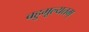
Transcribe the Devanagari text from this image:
बहुमूल्यतम्